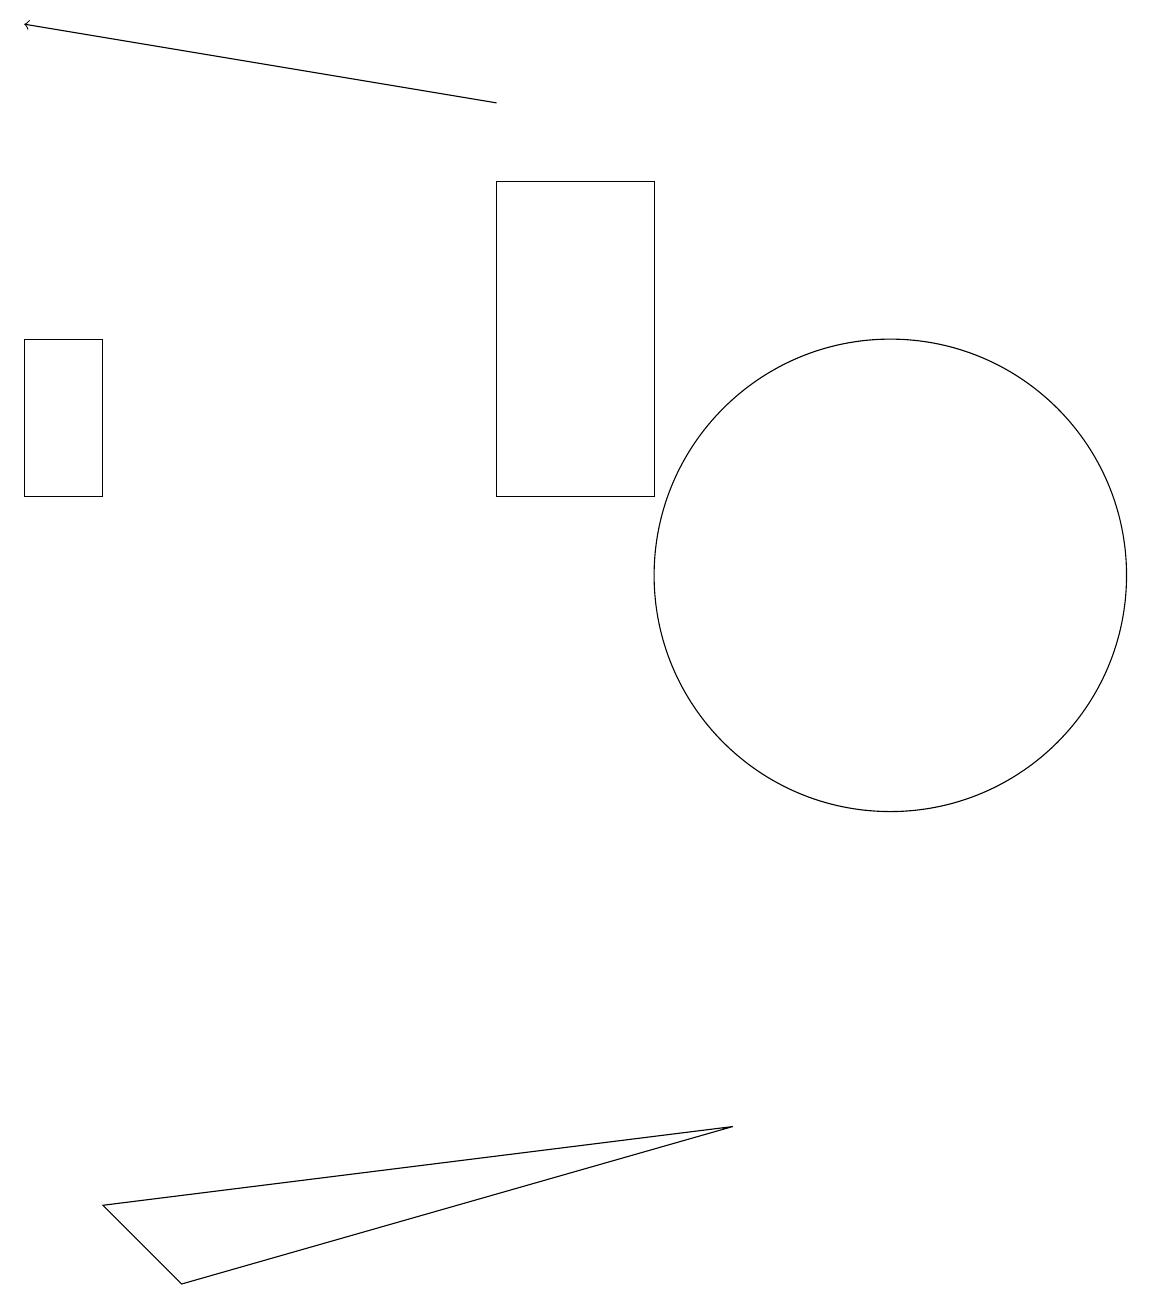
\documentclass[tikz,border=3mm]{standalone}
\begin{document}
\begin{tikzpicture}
\draw (9,4) -- (1,3) -- (2,2) -- cycle;
\draw (11,11) circle (3);
\draw (6,16) rectangle (8,12);
\draw (0,14) rectangle (1,12);
\draw (11,11) circle (0);
\draw[->] (6,17) -- (0,18);
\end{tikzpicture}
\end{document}